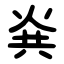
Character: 烡